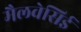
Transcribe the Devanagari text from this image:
मैलवेसिई